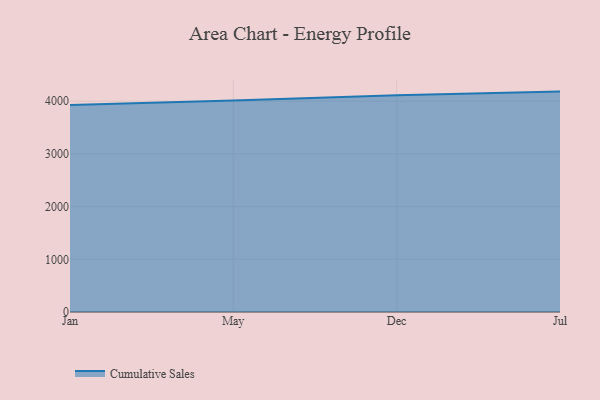
{"axis": {"x": "Month", "y": "LTV (USD)"}, "legend": ["Cumulative Sales"], "data": [{"x": "Jan", "y": 3927.6, "type": "Cumulative Sales"}, {"x": "May", "y": 4011.8, "type": "Cumulative Sales"}, {"x": "Dec", "y": 4115.8, "type": "Cumulative Sales"}, {"x": "Jul", "y": 4182.8, "type": "Cumulative Sales"}]}